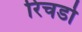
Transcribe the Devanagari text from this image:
रिचर्डो